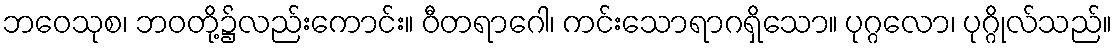
ဘဝေသုစ၊ ဘဝတို့၌လည်းကောင်း။ ဝီတရာဂေါ၊ ကင်းသောရာဂရှိသော။ ပုဂ္ဂလော၊ ပုဂ္ဂိုလ်သည်။